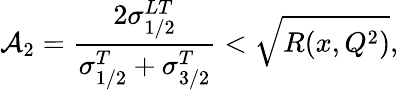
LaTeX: {\cal A}_{2}=\frac{2\sigma_{1/2}^{LT}}{\sigma_{1/2}^{T}+\sigma_{3/2}^{T}}<\sqrt{R(x,Q^{2})},